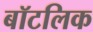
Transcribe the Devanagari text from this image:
बॉटलिक